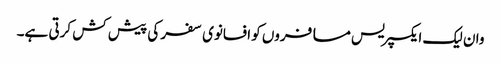
وان لیک ایکسپریس مسافروں کو افسانوی سفر کی پیش کش کرتی ہے۔